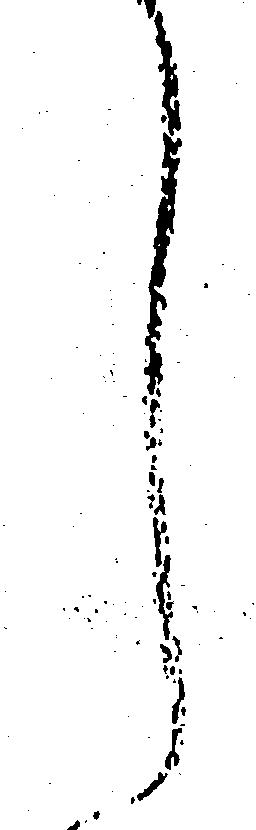
し